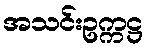
အသင်းဥက္ကဋ္ဌ